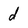
Character: d